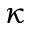
\kappa